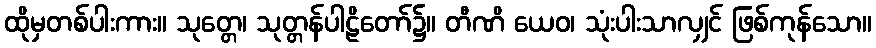
ထိုမှတစ်ပါးကား။ သုတ္တေ၊ သုတ္တန်ပါဠိတော်၌။ တီဏိ ယေဝ၊ သုံးပါးသာလျှင် ဖြစ်ကုန်သော။